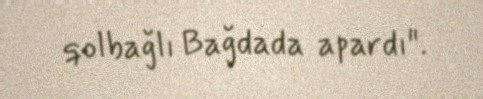
qolbağlı Bağdada apardı".